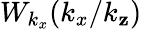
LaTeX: W_{k_{x}}(k_{x}/k_{\mathbf{z}})